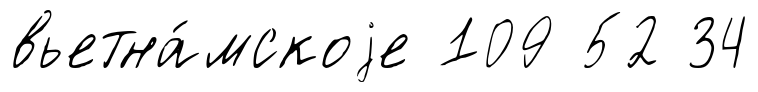
вьетна́мскоjе 109 52 34